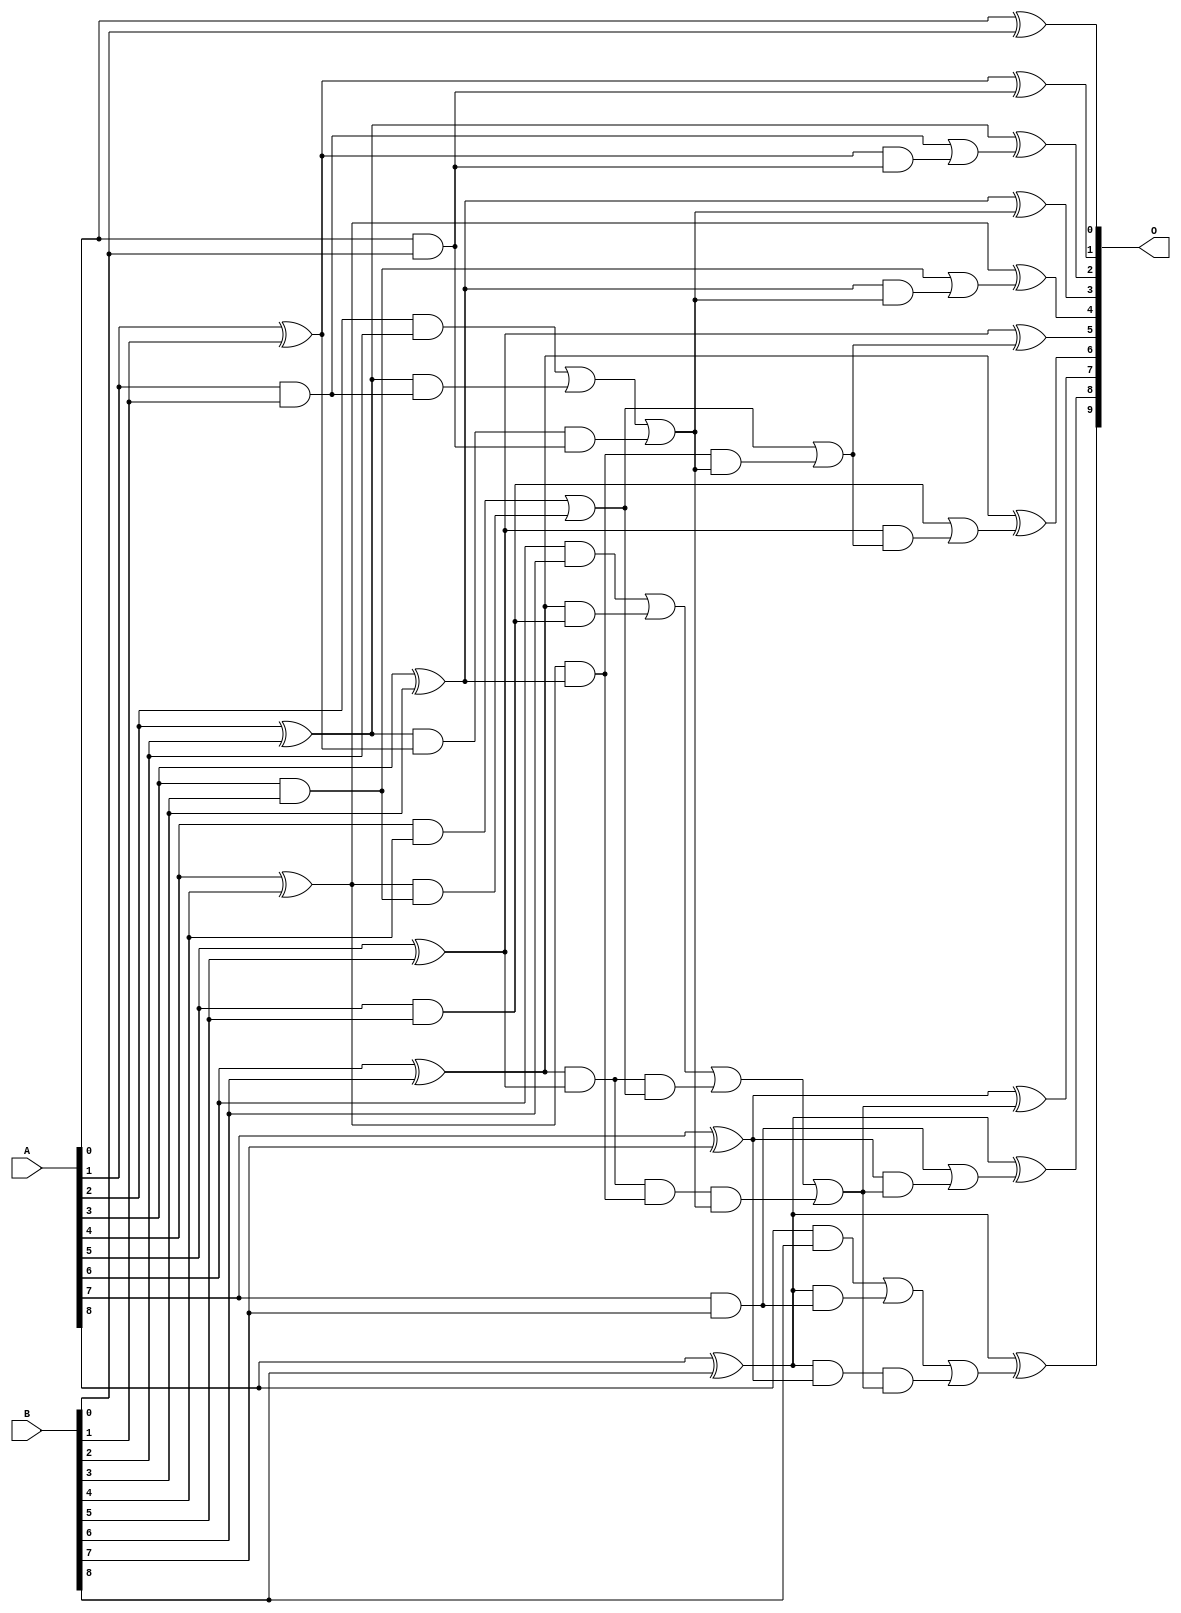
/***
* This code is a part of EvoApproxLib library (ehw.fit.vutbr.cz/approxlib) distributed under The MIT License.
* When used, please cite the following article(s): V. Mrazek, L. Sekanina, Z. Vasicek "Libraries of Approximate Circuits: Automated Design and Application in CNN Accelerators" IEEE Journal on Emerging and Selected Topics in Circuits and Systems, Vol 10, No 4, 2020 
* This file contains a circuit from a sub-set of pareto optimal circuits with respect to the pwr and mre parameters
***/
// MAE% = 0.00 %
// MAE = 0 
// WCE% = 0.00 %
// WCE = 0 
// WCRE% = 0.00 %
// EP% = 0.00 %
// MRE% = 0.00 %
// MSE = 0 
// PDK45_PWR = 0.039 mW
// PDK45_AREA = 83.5 um2
// PDK45_DELAY = 0.71 ns

module add9se_07Y (
    A,
    B,
    O
);

input [8:0] A;
input [8:0] B;
output [9:0] O;

wire sig_18,sig_19,sig_20,sig_21,sig_22,sig_23,sig_24,sig_25,sig_26,sig_27,sig_28,sig_29,sig_30,sig_31,sig_32,sig_33,sig_34,sig_35,sig_37,sig_38;
wire sig_39,sig_40,sig_41,sig_42,sig_43,sig_44,sig_45,sig_46,sig_47,sig_48,sig_49,sig_50,sig_51,sig_52,sig_53,sig_54,sig_55,sig_56,sig_57,sig_58;
wire sig_59,sig_60,sig_61,sig_62,sig_63,sig_64,sig_65,sig_66,sig_67,sig_68,sig_69,sig_70,sig_71,sig_72,sig_73,sig_74,sig_75,sig_76;

assign sig_18 = A[0] & B[0];
assign sig_19 = A[0] ^ B[0];
assign sig_20 = A[1] & B[1];
assign sig_21 = A[1] ^ B[1];
assign sig_22 = A[2] & B[2];
assign sig_23 = A[2] ^ B[2];
assign sig_24 = A[3] & B[3];
assign sig_25 = A[3] ^ B[3];
assign sig_26 = A[4] & B[4];
assign sig_27 = A[4] ^ B[4];
assign sig_28 = A[5] & B[5];
assign sig_29 = A[5] ^ B[5];
assign sig_30 = A[6] & B[6];
assign sig_31 = A[6] ^ B[6];
assign sig_32 = A[7] & B[7];
assign sig_33 = A[7] ^ B[7];
assign sig_34 = A[8] & B[8];
assign sig_35 = A[8] ^ B[8];
assign sig_37 = sig_23 & sig_20;
assign sig_38 = sig_23 & sig_21;
assign sig_39 = sig_22 | sig_37;
assign sig_40 = sig_27 & sig_24;
assign sig_41 = sig_27 & sig_25;
assign sig_42 = sig_26 | sig_40;
assign sig_43 = sig_31 & sig_28;
assign sig_44 = sig_31 & sig_29;
assign sig_45 = sig_30 | sig_43;
assign sig_46 = sig_35 & sig_32;
assign sig_47 = sig_35 & sig_33;
assign sig_48 = sig_34 | sig_46;
assign sig_49 = sig_38 & sig_18;
assign sig_50 = sig_39 | sig_49;
assign sig_51 = sig_44 & sig_42;
assign sig_52 = sig_44 & sig_41;
assign sig_53 = sig_45 | sig_51;
assign sig_54 = sig_52 & sig_50;
assign sig_55 = sig_53 | sig_54;
assign sig_56 = sig_41 & sig_50;
assign sig_57 = sig_42 | sig_56;
assign sig_58 = sig_47 & sig_55;
assign sig_59 = sig_48 | sig_58;
assign sig_60 = sig_21 & sig_18;
assign sig_61 = sig_20 | sig_60;
assign sig_62 = sig_25 & sig_50;
assign sig_63 = sig_24 | sig_62;
assign sig_64 = sig_29 & sig_57;
assign sig_65 = sig_28 | sig_64;
assign sig_66 = sig_33 & sig_55;
assign sig_67 = sig_32 | sig_66;
assign sig_68 = sig_21 ^ sig_18;
assign sig_69 = sig_23 ^ sig_61;
assign sig_70 = sig_25 ^ sig_50;
assign sig_71 = sig_27 ^ sig_63;
assign sig_72 = sig_29 ^ sig_57;
assign sig_73 = sig_31 ^ sig_65;
assign sig_74 = sig_33 ^ sig_55;
assign sig_75 = sig_35 ^ sig_67;
assign sig_76 = sig_35 ^ sig_59;

assign O[9] = sig_76;
assign O[8] = sig_75;
assign O[7] = sig_74;
assign O[6] = sig_73;
assign O[5] = sig_72;
assign O[4] = sig_71;
assign O[3] = sig_70;
assign O[2] = sig_69;
assign O[1] = sig_68;
assign O[0] = sig_19;

endmodule